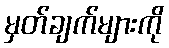
မှတ်ချက်များကို